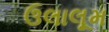
ઉલાલૂમ